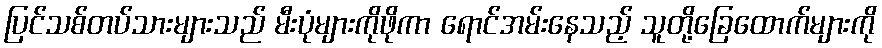
ပြင်သစ်တပ်သားများသည် မီးပုံများကိုဖိုကာ ရောင်အမ်းနေသည့် သူတို့ခြေထောက်များကို